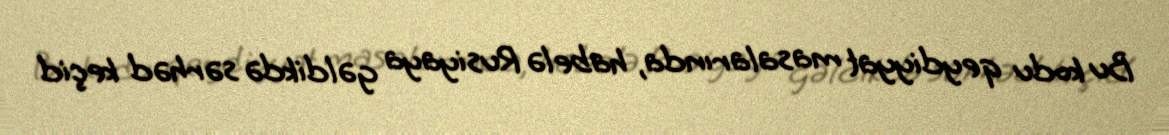
Bu kodu qeydiyyat masalarında, habelə Rusiyaya gəldikdə sərhəd keçid